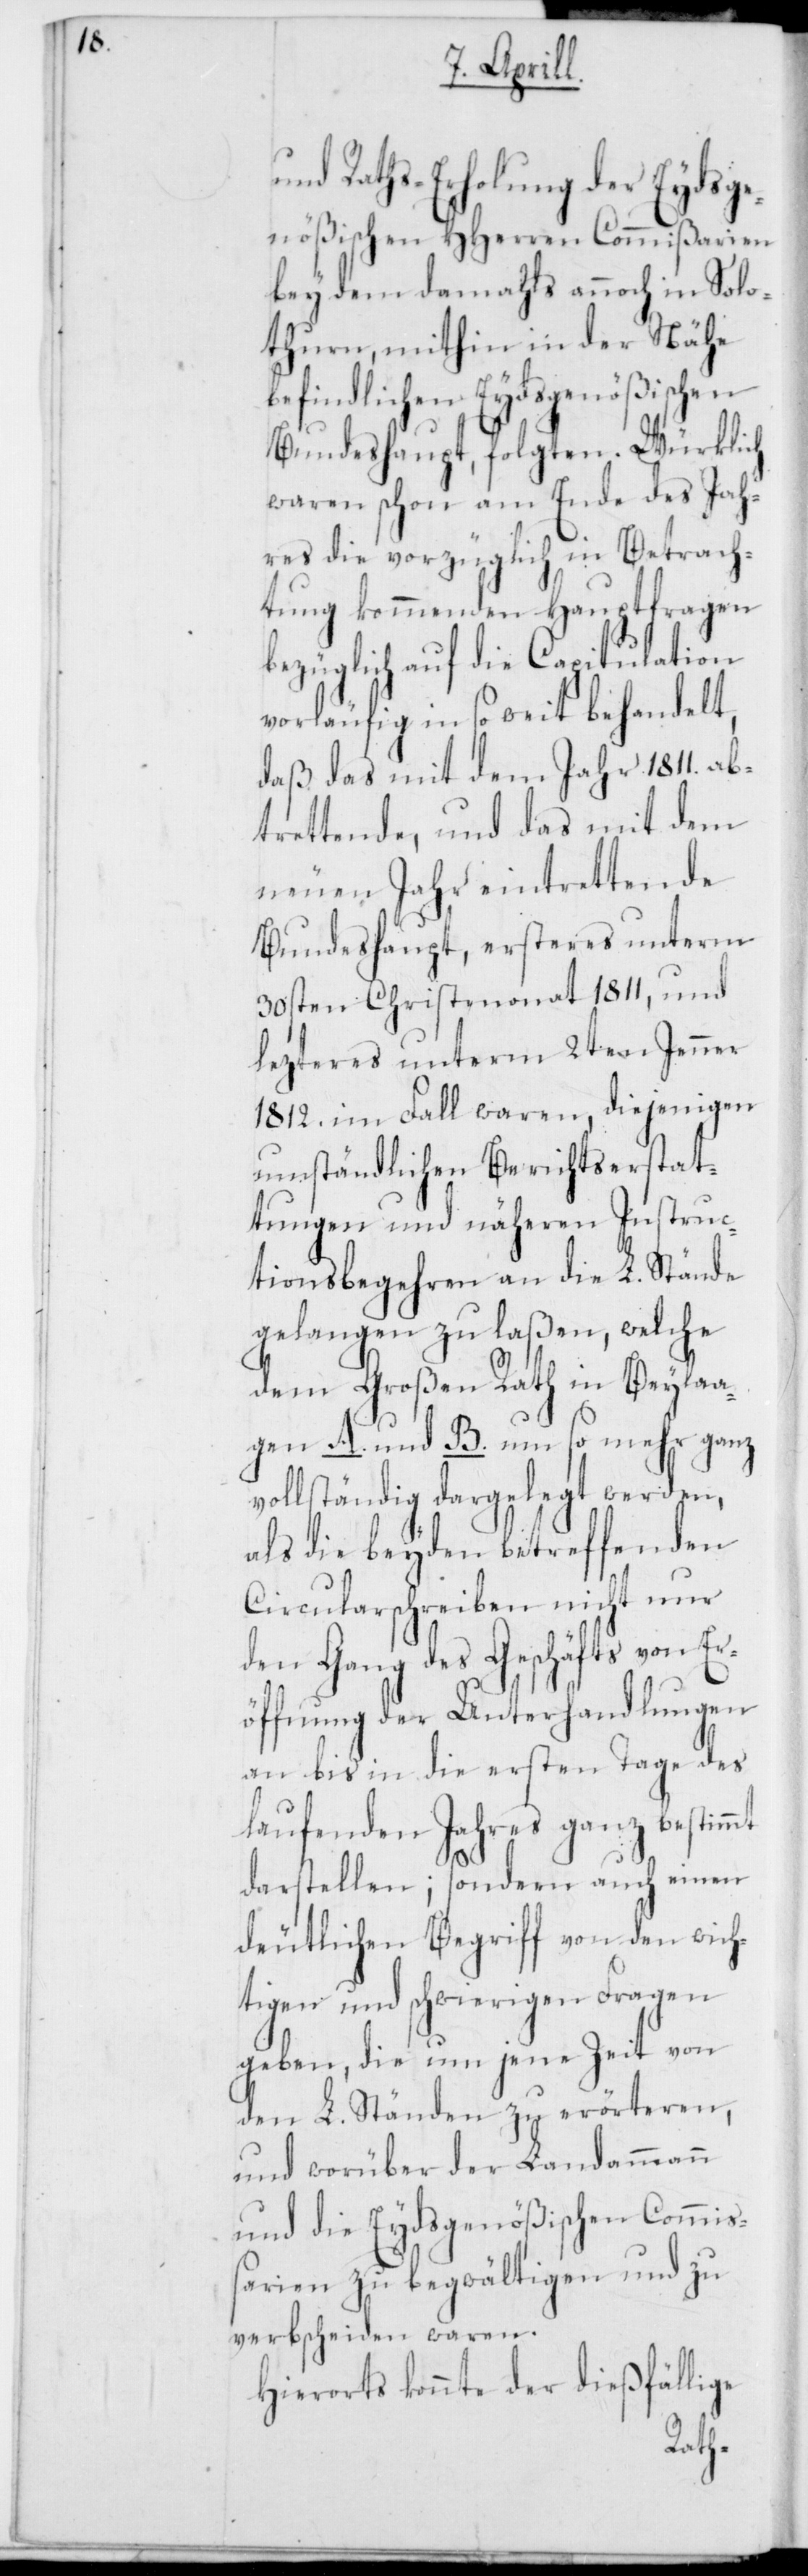
und Raths-Erholung der Eydsge¬
nößischen HHerren Commißarien
bey dem damals annoch in Solo¬
thurn, mithin in der Nähe
befindlichen Eydsgenößischen
Bundeshaupt, folgten. Würklich
waren schon am Ende des Jah¬
res die vorzüglich in Betrach¬
tung kommenden Hauptfragen
bezüglich auf die Capitulation
vorläufig in so weit behandelt,
daß das mit dem Jahr 1811. ab¬
trettende, und das mit dem
neuen Jahr eintrettende
Bundeshaupt, ersteres unterm
30sten Christmonat 1811, und
letzteres unterm 2ten Jenner
1812. im Fall waren, diejenigen
umständlichen Berichtserstat¬
tungen und näheren Instruc¬
tionsbegehren an die L. Stände
gelangen zu laßen, welche
dem Großen Rath in Beyla¬
gen A. und B. um so mehr ganz
vollständig dargelegt werden,
als die beyden betreffenden
Circularschreiben nicht nur
den Gang des Geschäfts von Er¬
öffnung der Unterhandlungen
an bis in die ersten Tage des
laufenden Jahres ganz bestimmt
darstellen; sondern auch einen
deutlichen Begriff von den wich¬
tigen und schwierigen Fragen
geben, die um jene Zeit von
den L. Ständen zu erörteren,
und worüber der Landammann
und die Eydsgenößischen Commiß¬
arien zu begwältigen und zu
verbscheiden waren.
Hierorts konnte der dießfällige